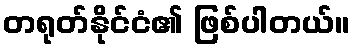
တရုတ်နိုင်ငံ၏ ဖြစ်ပါတယ်။